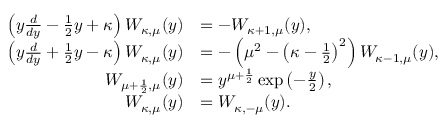
\begin{array} { r l } { \left( y \frac { d } { d y } - \frac { 1 } { 2 } y + \kappa \right) W _ { \kappa , \mu } ( y ) } & { = - W _ { \kappa + 1 , \mu } ( y ) , } \\ { \left( y \frac { d } { d y } + \frac { 1 } { 2 } y - \kappa \right) W _ { \kappa , \mu } ( y ) } & { = - \left( \mu ^ { 2 } - \left( \kappa - \frac { 1 } { 2 } \right) ^ { 2 } \right) W _ { \kappa - 1 , \mu } ( y ) , } \\ { W _ { \mu + \frac { 1 } { 2 } , \mu } ( y ) } & { = y ^ { \mu + \frac { 1 } { 2 } } \exp \left( - \frac { y } { 2 } \right) , } \\ { W _ { \kappa , \mu } ( y ) } & { = W _ { \kappa , - \mu } ( y ) . } \end{array}